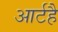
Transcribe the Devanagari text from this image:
आर्टहै